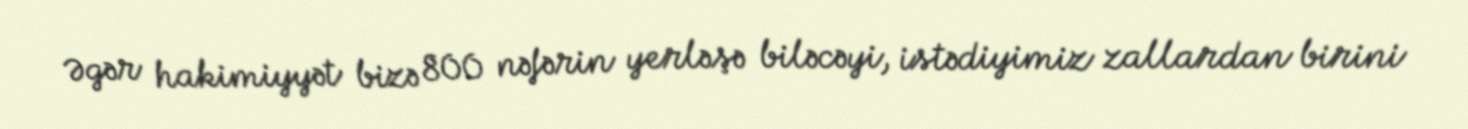
Əgər hakimiyyət bizə 800 nəfərin yerləşə biləcəyi, istədiyimiz zallardan birini